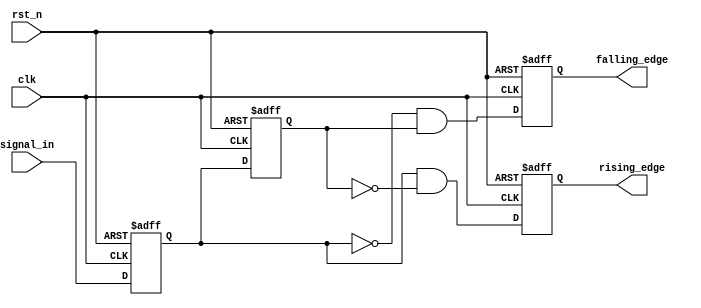
module glitch_free_edge_detector (
    input wire clk,               // Clock signal
    input wire rst_n,             // Asynchronous active-low reset
    input wire signal_in,         // Input digital signal
    output reg rising_edge,       // Output signal for rising edge detection
    output reg falling_edge       // Output signal for falling edge detection
);

    reg signal_ff1;               // Current state memory block (FF1)
    reg signal_ff2;               // Previous state memory block (FF2)

    // Asynchronous reset and state storage
    always @(posedge clk or negedge rst_n) begin
        if (!rst_n) begin
            signal_ff1 <= 1'b0;   // Initialize FF1 to 0
            signal_ff2 <= 1'b0;   // Initialize FF2 to 0
            rising_edge <= 1'b0;   // Initialize rising edge output to 0
            falling_edge <= 1'b0;  // Initialize falling edge output to 0
        end else begin
            signal_ff2 <= signal_ff1; // Update previous state with current state
            signal_ff1 <= signal_in;   // Update current state with input signal
            
            // Edge detection logic
            rising_edge <= (signal_ff1 && !signal_ff2); // Rising edge condition
            falling_edge <= (!signal_ff1 && signal_ff2); // Falling edge condition
        end
    end

endmodule